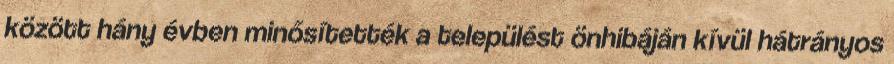
között hány évben minősítették a települést önhibáján kívül hátrányos